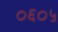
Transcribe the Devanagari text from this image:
०६०५